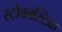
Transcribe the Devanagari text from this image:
स्टोकास्टिक